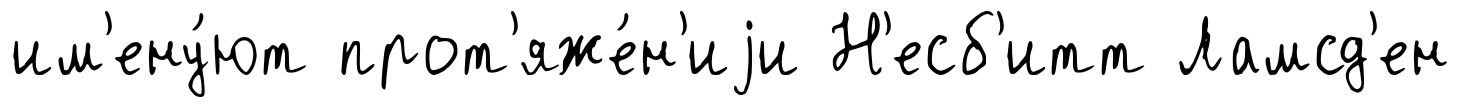
им'ену́ют прот'яже́н'иjи Н'есб'итт Ламсд'ен